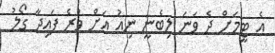
އެ ޓީމަށް ދެ ވަނަ ލިބެނީ ނިއު އަށް ވުރެ ފައިދާ ގޯލު